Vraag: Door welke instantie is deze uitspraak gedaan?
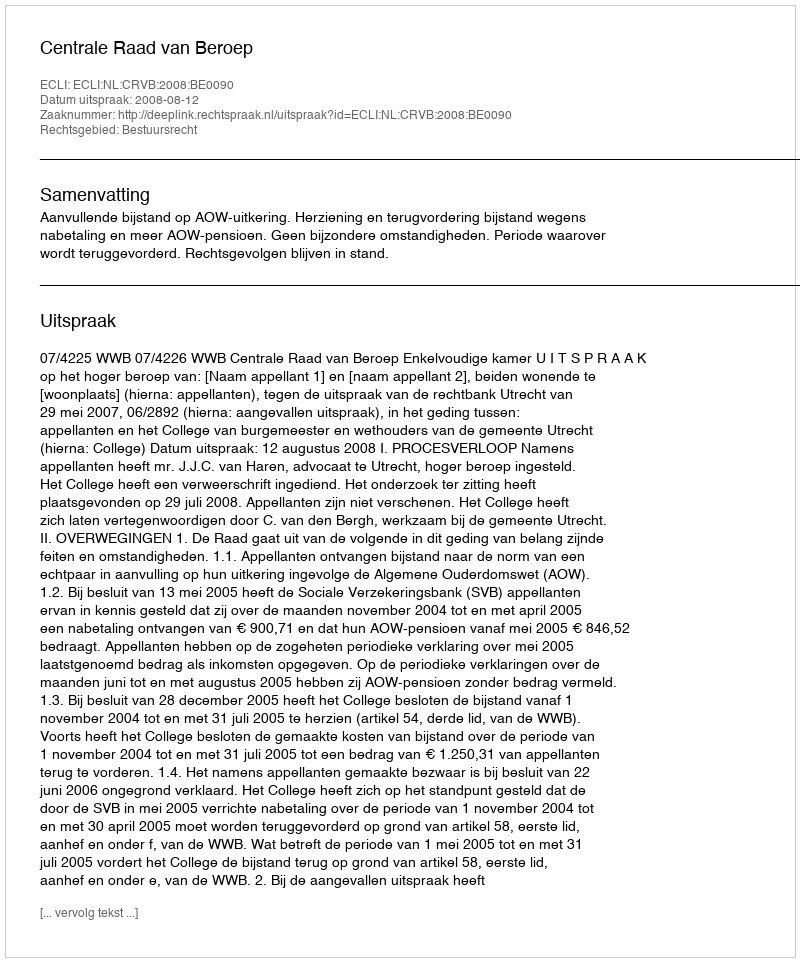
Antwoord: Centrale Raad van Beroep